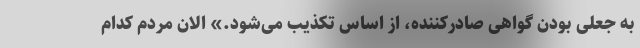
به جعلی بودن گواهی صادرکننده، از اساس تکذیب می‌شود.» الان مردم کدام